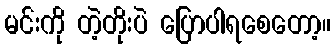
မင်းကို တဲ့တိုးပဲ ပြောပါရစေတော့။